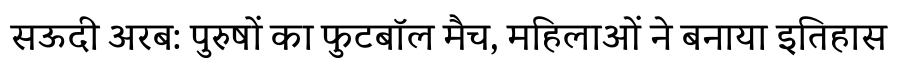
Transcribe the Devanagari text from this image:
सऊदी अरब: पुरुषों का फुटबॉल मैच, महिलाओं ने बनाया इतिहास